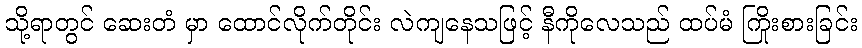
သို့ရာတွင် ဆေးတံ မှာ ထောင်လိုက်တိုင်း လဲကျနေသဖြင့် နီကိုလေသည် ထပ်မံ ကြိုးစားခြင်း